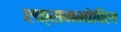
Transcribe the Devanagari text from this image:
एक्सनमोबिल